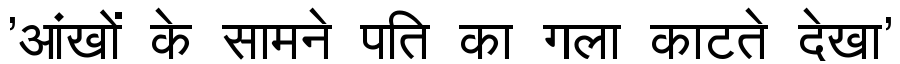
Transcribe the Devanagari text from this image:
'आंखों के सामने पति का गला काटते देखा'